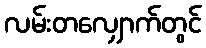
လမ်းတလျှောက်တွင်